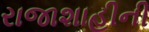
રાજાશાહીની